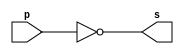
//----------------------
//Exemplo0001 - NOT
//Nome:Wender Zacarias Xavier
//Matrcula:427472
//----------------------

//----------------------
//--not gate
//----------------------

module notgate (output s, input p);
 assign s = ~p;//criar vinculo permanente
        		   //(dependencia)
endmodule // notgate

//----------------------
//--test notgate
//----------------------
module testnotgate;
//----------------------dados locais
  reg a;    //definir registrador
  				//(variavel independente)
  wire s;	// definir conexao(fio)
   			//(variavel dependente)
//---------------------- instancia
  notgate NOT1(s,a);
//---------------------- preparacao
 initial begin:start
  a=0;
 end
//---------------------- parte principal
 initial begin
   $display("Exemplo0002 - Wender Zacarias Xavier - 427472");
	$display("Test NOT gate");
	$display("\n~a = s\n");
	a=0;
#1 $display("~%b = %b",a,s);
	a=1;
#1	$display("~%b = %b",a,s);		
		end

endmodule //testnotgate


/** Resultados obtidos
							Test NOT gate
    
    							~a = s
    
    							~0 = 1
    							~1 = 0
    						  
   **/